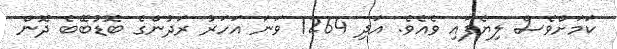
ކަމަށްވެސް ލިޔެފައި ވެއެވެ. އަދި 1264 ވަނަ އަހަރު ރަދުންގެ ބޮޑުބޭބެ ދޮން